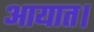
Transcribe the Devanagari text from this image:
आयात।